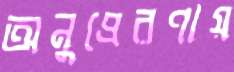
অনুপ্রেরণায়